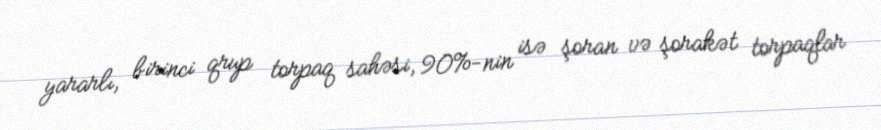
yararlı, birinci qrup torpaq sahəsi, 90%-nin isə şoran və şorakət torpaqlar